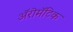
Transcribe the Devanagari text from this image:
अॅरोमॅटिक